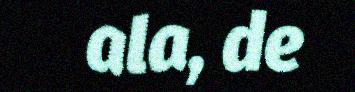
ala, de